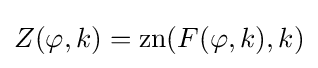
Z(\varphi ,k)=\operatorname {zn} (F(\varphi ,k),k)